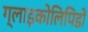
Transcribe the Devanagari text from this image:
ग्लाइकोलिपिडों